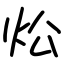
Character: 炂